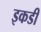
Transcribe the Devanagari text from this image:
इकडी